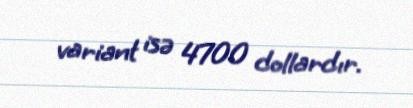
variant isə 4700 dollardır.